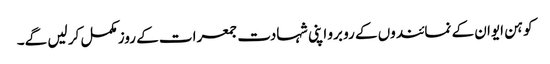
کوہن ایوان کے نمائندوں کے رو برو اپنی شہادت جمعرات کے روز مکمل کر لیں گے۔